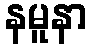
နမူနာ